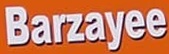
Barzayee